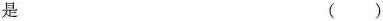
是 ()